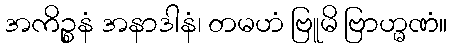
အကိဉ္စနံ အနာဒါနံ၊ တမဟံ ဗြူမိ ဗြာဟ္မဏံ။